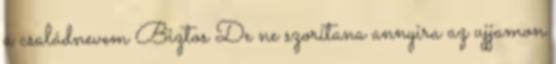
a családnevem Biztos De ne szorítana annyira az ujjamon